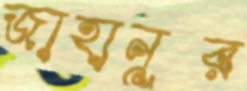
জাহানূর